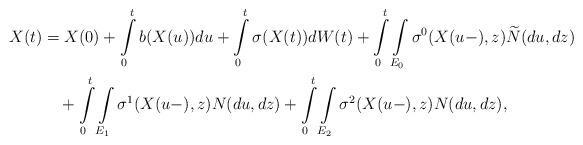
LaTeX: \begin{align*}X(t) & =X(0)+\int\limits _{0}^{t}b(X(u))du+\int\limits _{0}^{t}\sigma(X(t))dW(t)+\int\limits _{0}^{t}\int\limits _{E_{0}}\sigma^{0}(X({u-}),z)\widetilde{N}(du,dz)\\ & \ \ \ +\int\limits _{0}^{t}\int\limits _{E_{1}}\sigma^{1}(X({u-}),z)N(du,dz)+\int\limits _{0}^{t}\int\limits _{E_{2}}\sigma^{2}(X({u-}),z)N(du,dz),\end{align*}